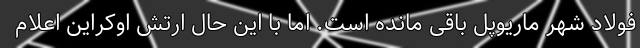
فولاد شهر ماریوپل باقی مانده‌ است. اما با این حال ارتش اوکراین اعلام